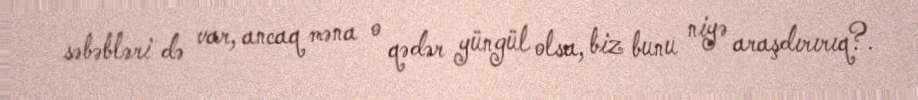
səbəbləri də var, ancaq məna o qədər yüngül olsa, biz bunu niyə araşdırırıq?.